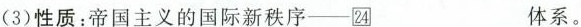
(3)性质：帝国主义的国际新秩序-24_体系。